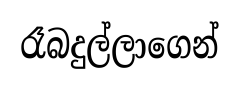
රෑබදුල්ලාගෙන්